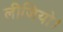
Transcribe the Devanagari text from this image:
लीजियो।